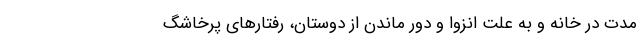
مدت در خانه و به علت انزوا و دور ماندن از دوستان، رفتارهای پرخاشگ